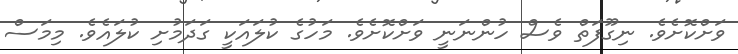
ވަށްކޮށެވެ. ނިގޫފަތް ވެސް ހުންނަނީ ވަށްކޮށެވެ. މަހުގެ ކުލައަކީ ގަދަމުށި ކުލައެވެ. މިމަސް